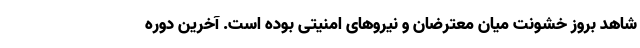
شاهد بروز خشونت میان معترضان و نیروهای امنیتی بوده است. آخرین دوره